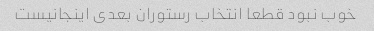
خوب نبود قطعا انتخاب رستوران بعدی اینجانیست